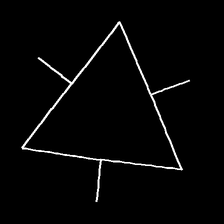
Glyph: fire